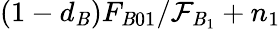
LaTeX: (1-d_{\mathit{B}})F_{\mathit{B}01}/\mathcal{{F}}_{\mathit{B}_{1}}+n_{1}